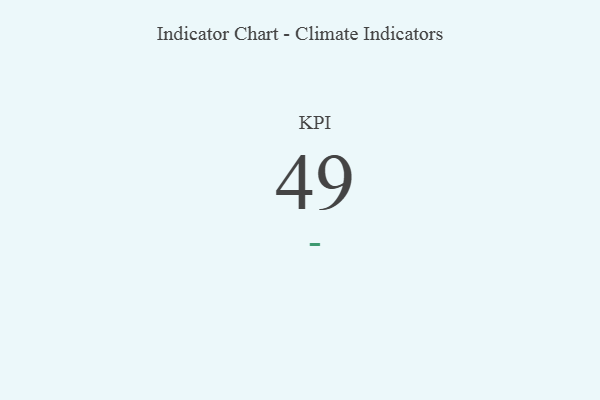
{"axis": {"x": "KPI", "y": "Value"}, "legend": [""], "data": [{"x": "KPI", "y": 49, "type": ""}]}